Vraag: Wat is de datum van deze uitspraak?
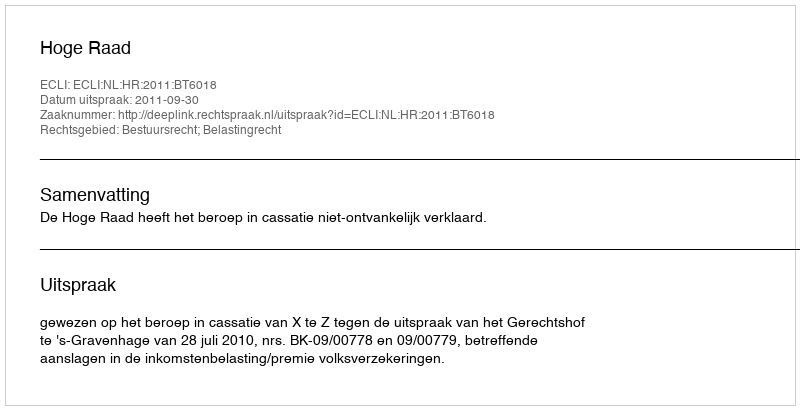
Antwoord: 2011-09-30